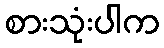
စားသုံးပါက